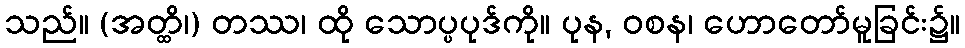
သည်။ (အတ္ထိ၊) တဿ၊ ထို သောပ္ပပုဒ်ကို။ ပုန, ဝစန၊ ဟောတော်မူခြင်း၌။